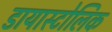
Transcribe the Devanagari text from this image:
डायास्टोलिक